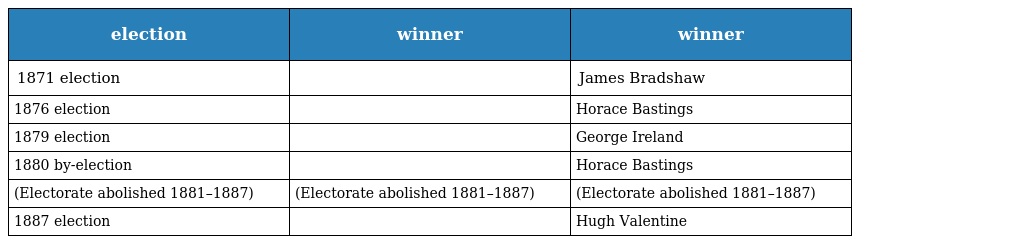
| election | winner | winner |
 | --- | --- | --- |
 | 1871 election |  | James Bradshaw |
 | 1876 election |  | Horace Bastings |
 | 1879 election |  | George Ireland |
 | 1880 by-election |  | Horace Bastings |
 | (Electorate abolished 1881–1887) | (Electorate abolished 1881–1887) | (Electorate abolished 1881–1887) |
 | 1887 election |  | Hugh Valentine |